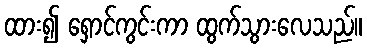
ထား၍ ရှောင်ကွင်းကာ ထွက်သွားလေသည်။